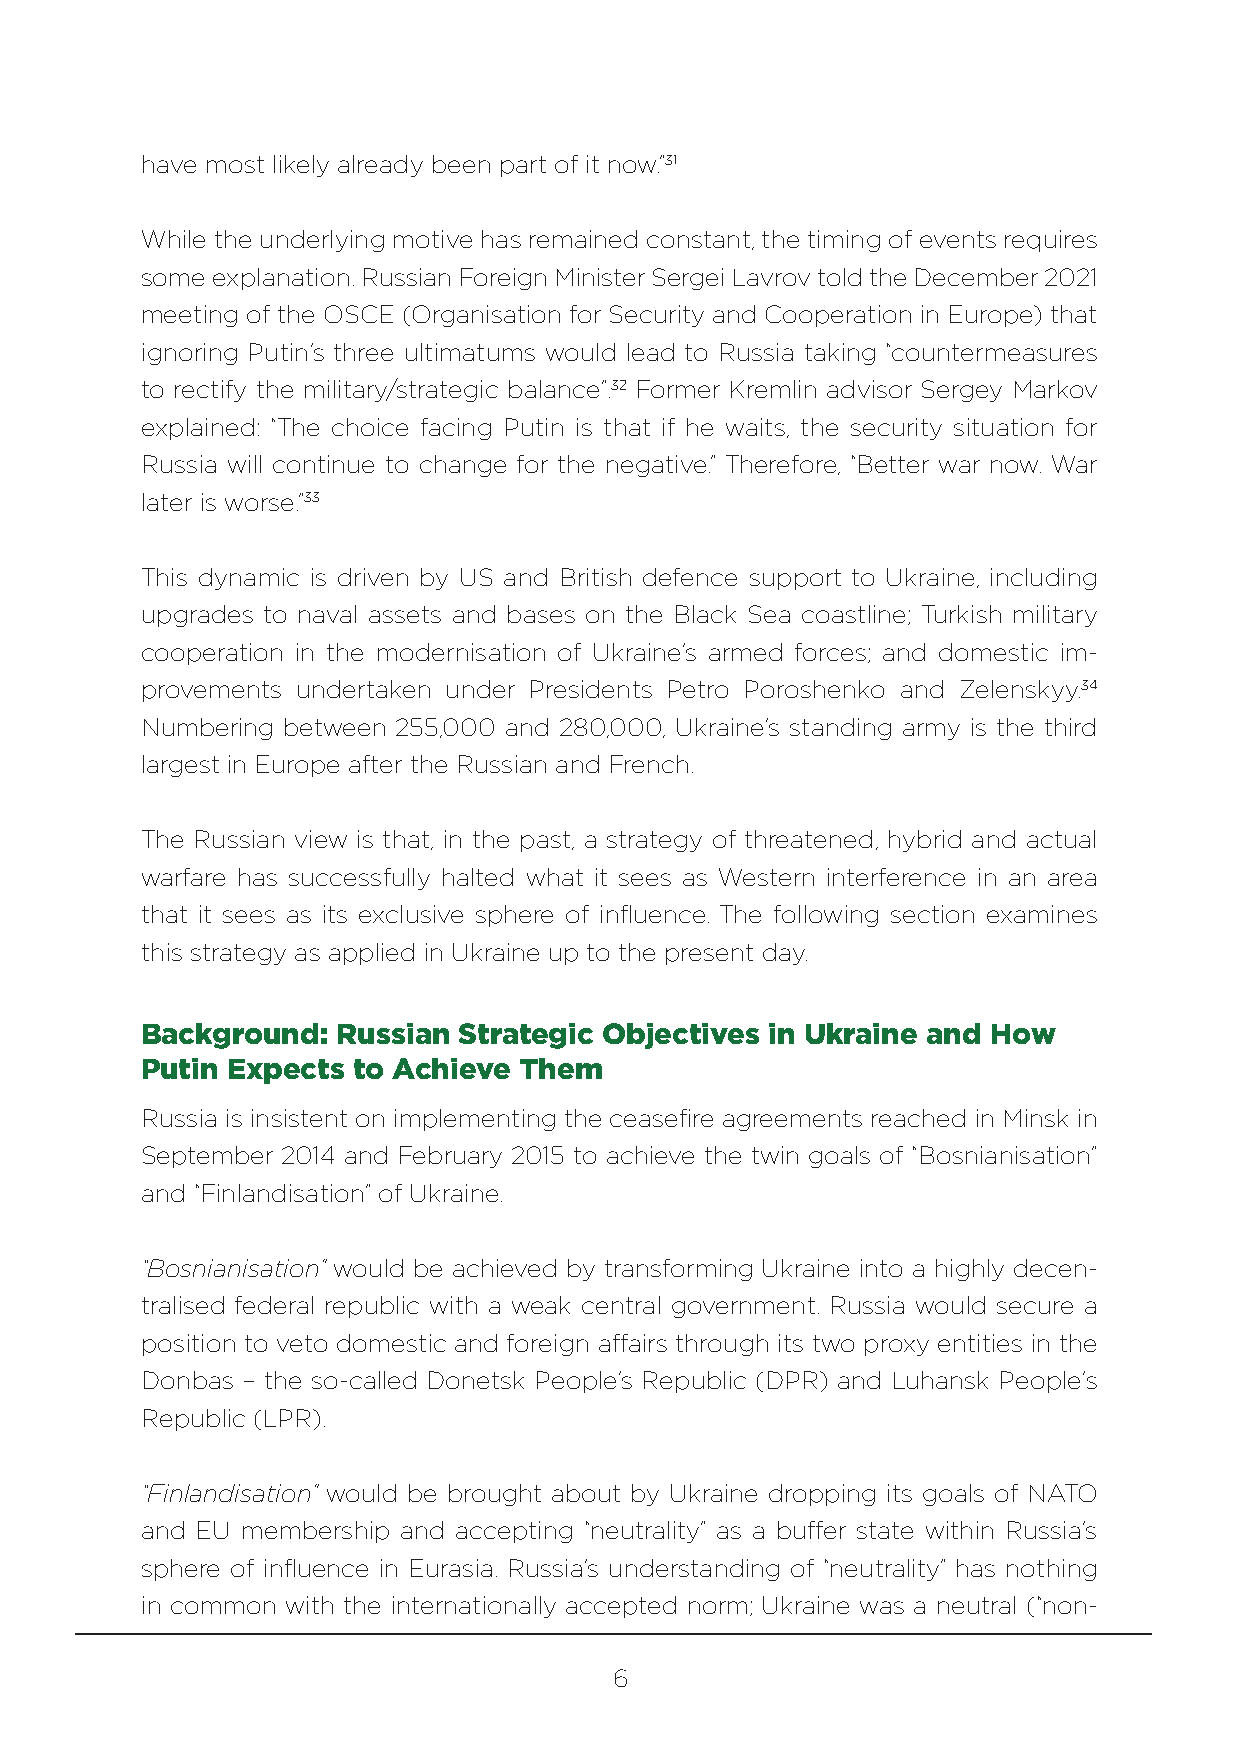
have most likely already been part of it now.”31
 While the underlying motive has remained constant, the timing of events requires
 some explanation. Russian Foreign Minister Sergei Lavrov told the December 2021
 meeting of the OSCE (Organisation for Security and Cooperation in Europe) that
 ignoring Putin’s three ultimatums would lead to Russia taking “countermeasures
 to rectify the military/strategic balance”.32 Former Kremlin advisor Sergey Markov
 explained: “The choice facing Putin is that if he waits, the security situation for
 Russia will continue to change for the negative.” Therefore, “Better war now. War
 later is worse.”33
 This dynamic is driven by US and British defence support to Ukraine, including
 upgrades to naval assets and bases on the Black Sea coastline; Turkish military
 cooperation in the modernisation of Ukraine’s armed forces; and domestic im-
 provements undertaken under Presidents Petro Poroshenko and Zelenskyy.34
 Numbering between 255,000 and 280,000, Ukraine’s standing army is the third
 largest in Europe after the Russian and French.
 The Russian view is that, in the past, a strategy of threatened, hybrid and actual
 warfare has successfully halted what it sees as Western interference in an area
 that it sees as its exclusive sphere of influence. The following section examines
 this strategy as applied in Ukraine up to the present day.
 Background:  Russian Strategic Objectives in Ukraine and How
 Putin Expects to Achieve Them
 Russia is insistent on implementing the ceasefire agreements reached in Minsk in
 September 2014 and February 2015 to achieve the twin goals of “Bosnianisation”
 and “Finlandisation” of Ukraine.
 “Bosnianisation” would be achieved by transforming Ukraine into a highly decen-
 tralised federal republic with a weak central government. Russia would secure a
 position to veto domestic and foreign affairs through its two proxy entities in the
 Donbas – the so-called Donetsk People’s Republic (DPR) and Luhansk People’s
 Republic (LPR).
 “Finlandisation” would be brought about by Ukraine dropping its goals of NATO
 and EU membership and accepting “neutrality” as a buffer state within Russia’s
 sphere of influence in Eurasia. Russia’s understanding of “neutrality” has nothing
 in common with the internationally accepted norm; Ukraine was a neutral (“non-
 6